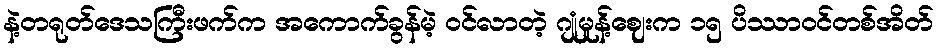
နဲ့တရုတ်ဒေသကြီးဖက်က အကောက်ခွန်မဲ့ ဝင်လာတဲ့ ဂျုံမှုန့်ဈေးက ၁၅ ပိဿာဝင်တစ်အိတ်